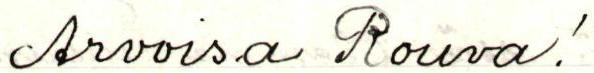
Arvoisa Rouva!